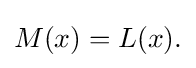
{\textstyle M(x)=L(x).}